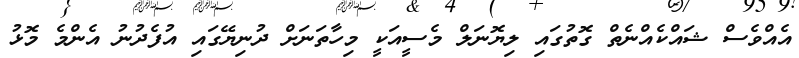
އެއްވެސް ޝައްކެއްނެތް ގޮތުގައި ލިޔޮނަލް މެސީއަކީ މިހާތަނަށް ދުނިޔޭގައި އުފެދުނު އެންމެ މޮޅު